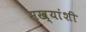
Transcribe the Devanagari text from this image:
सख्यांशी